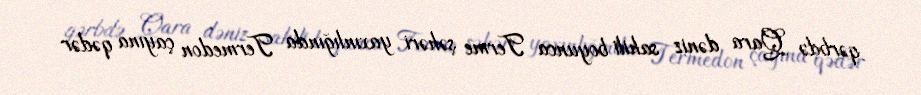
qərbdə Qara dəniz sahili boyunca Terme şəhəri yaxınlığında Termedon çayına qədər